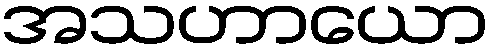
အသဟာယော